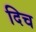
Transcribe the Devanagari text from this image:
दिच